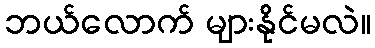
ဘယ်လောက် များနိုင်မလဲ။